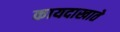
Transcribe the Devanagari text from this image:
कायदाखाते